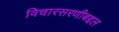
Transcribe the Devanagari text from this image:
विचारसरणीबद्दल